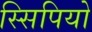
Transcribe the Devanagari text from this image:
स्सिपियो